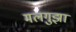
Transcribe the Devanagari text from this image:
मलगुझा